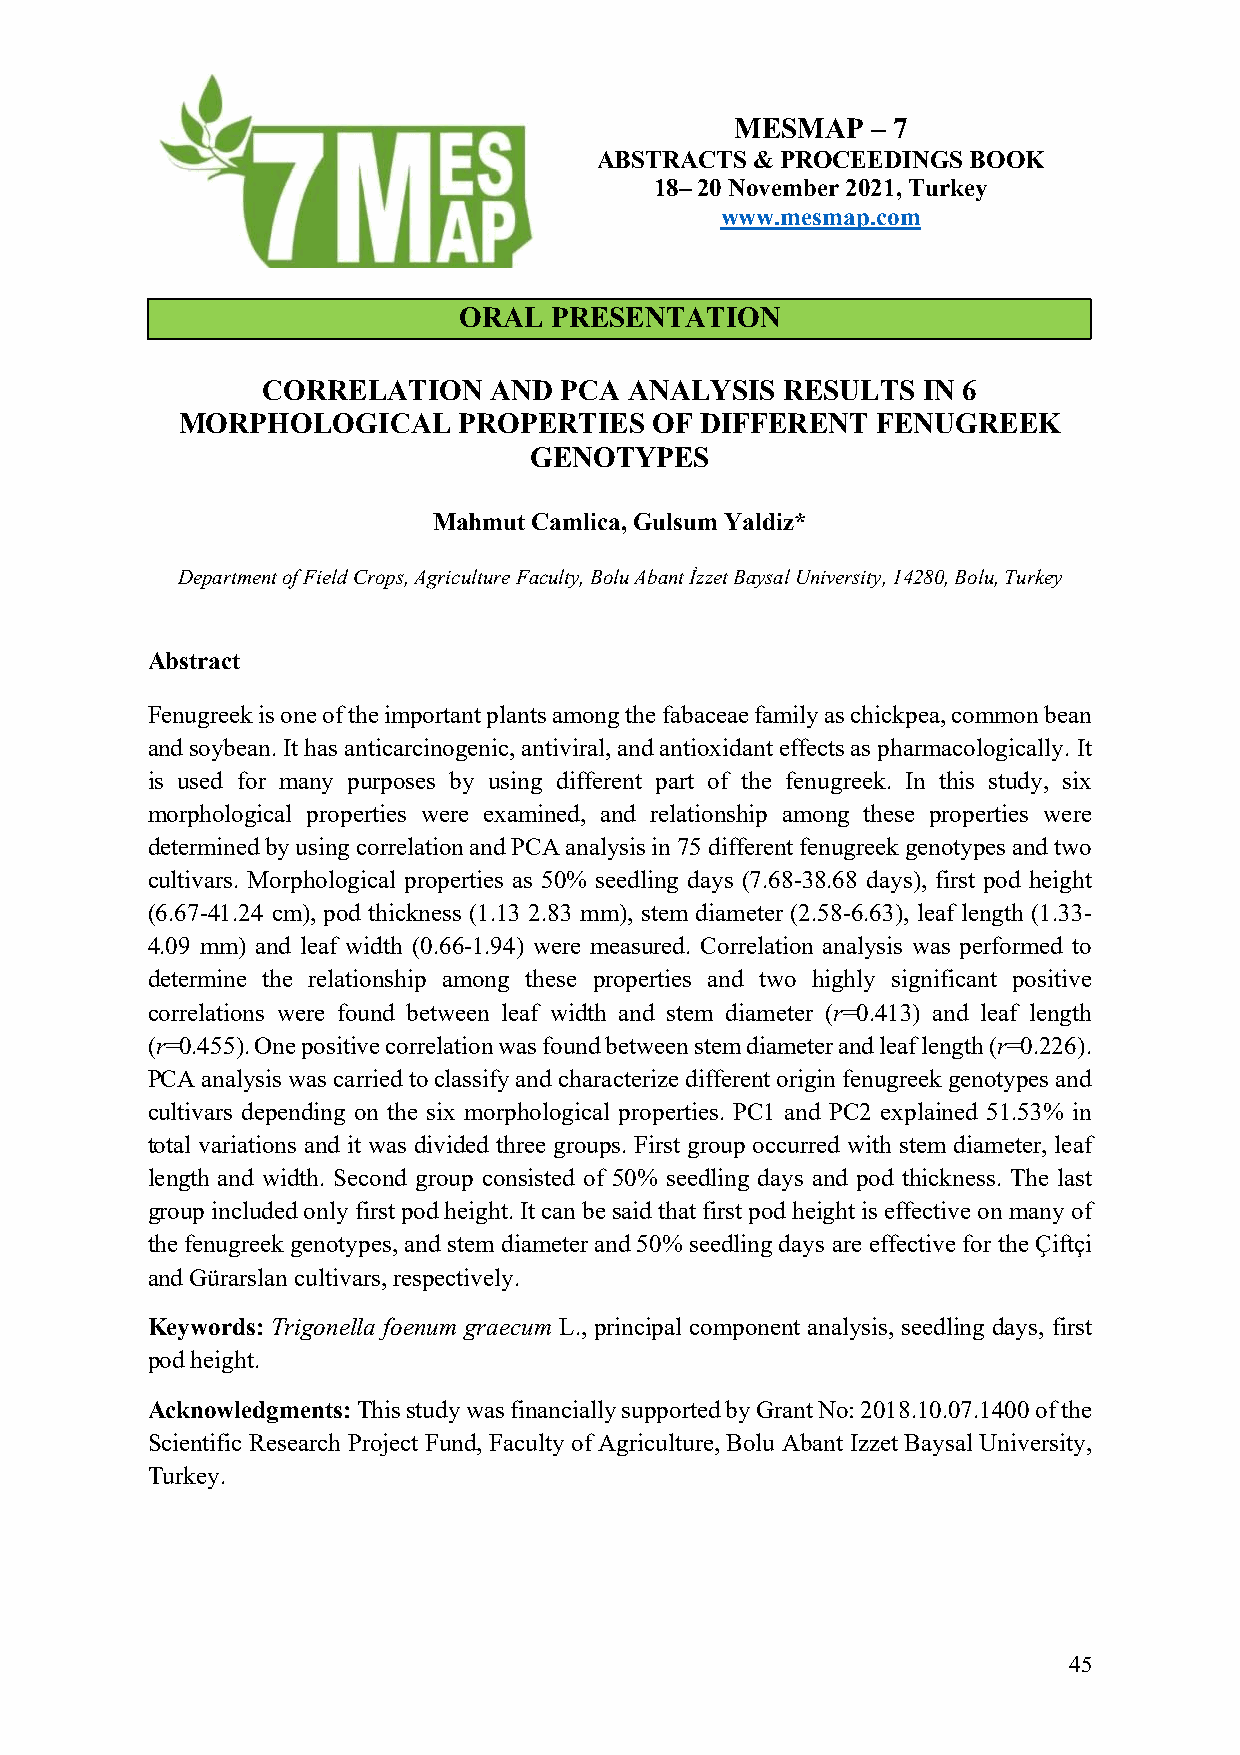
MESMAP   – 7
 ABSTRACTS  & PROCEEDINGS BOOK
 18– 20 November 2021, Turkey
 www.mesmap.com
 ORAL  PRESENTATION
 CORRELATION    AND  PCA  ANALYSIS  RESULTS  IN 6
 MORPHOLOGICAL     PROPERTIES   OF DIFFERENT   FENUGREEK
 GENOTYPES
 Mahmut Camlica, Gulsum Yaldiz*
 Department of Field Crops, Agriculture Faculty, Bolu Abant İzzet Baysal University, 14280, Bolu, Turkey
 Abstract
 Fenugreek is one of the important plants among the fabaceae family as chickpea, common bean
 and soybean. It has anticarcinogenic, antiviral, and antioxidant effects as pharmacologically. It
 is used for many purposes by using different part of the fenugreek. In this study, six
 morphological properties were examined, and relationship among these properties were
 determined by using correlation and PCA analysis in 75 different fenugreek genotypes and two
 cultivars. Morphological properties as 50% seedling days (7.68-38.68 days), first pod height
 (6.67-41.24 cm), pod thickness (1.13 2.83 mm), stem diameter (2.58-6.63), leaf length (1.33-
 4.09 mm) and leaf width (0.66-1.94) were measured. Correlation analysis was performed to
 determine the relationship among these properties and two highly significant positive
 correlations were found between leaf width and stem diameter (r=0.413) and leaf length
 (r=0.455). One positive correlation was found between stem diameter and leaf length (r=0.226).
 PCA analysis was carried to classify and characterize different origin fenugreek genotypes and
 cultivars depending on the six morphological properties. PC1 and PC2 explained 51.53% in
 total variations and it was divided three groups. First group occurred with stem diameter, leaf
 length and width. Second group consisted of 50% seedling days and pod thickness. The last
 group included only first pod height. It can be said that first pod height is effective on many of
 the fenugreek genotypes, and stem diameter and 50% seedling days are effective for the Çiftçi
 and Gürarslan cultivars, respectively.
 Keywords: Trigonella foenum graecum L., principal component analysis, seedling days, first
 pod height.
 Acknowledgments: This study was financially supported by Grant No: 2018.10.07.1400 of the
 Scientific Research Project Fund, Faculty of Agriculture, Bolu Abant Izzet Baysal University,
 Turkey.
 45